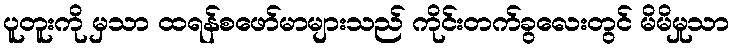
ပူတူးကို မှသာ ထရန်စဖော်မာများသည် ကိုင်းတက်ခွလေးတွင် မိမိမှုသာ